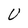
Character: U